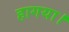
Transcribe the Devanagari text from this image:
हागया।